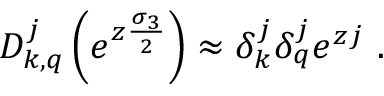
D _ { k , q } ^ { j } \left( e ^ { z \frac { \sigma _ { 3 } } { 2 } } \right) \approx \delta _ { k } ^ { j } \delta _ { q } ^ { j } e ^ { z j } \ .